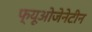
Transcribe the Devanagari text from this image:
फ्यूओजेनेटीन